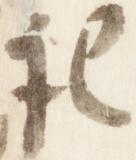
記